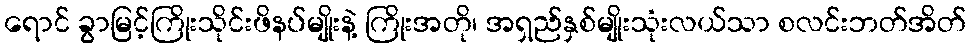
ရောင် ခွာမြင့်ကြိုးသိုင်းဖိနပ်မျိုးနဲ့ ကြိုးအတို၊ အရှည်နှစ်မျိုးသုံးလယ်သာ စလင်းဘတ်အိတ်